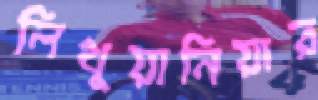
লিথুয়ানিয়ার